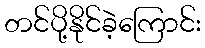
တင်ပို့နိုင်ခဲ့ကြောင်း